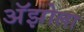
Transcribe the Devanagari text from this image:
अॅझोला